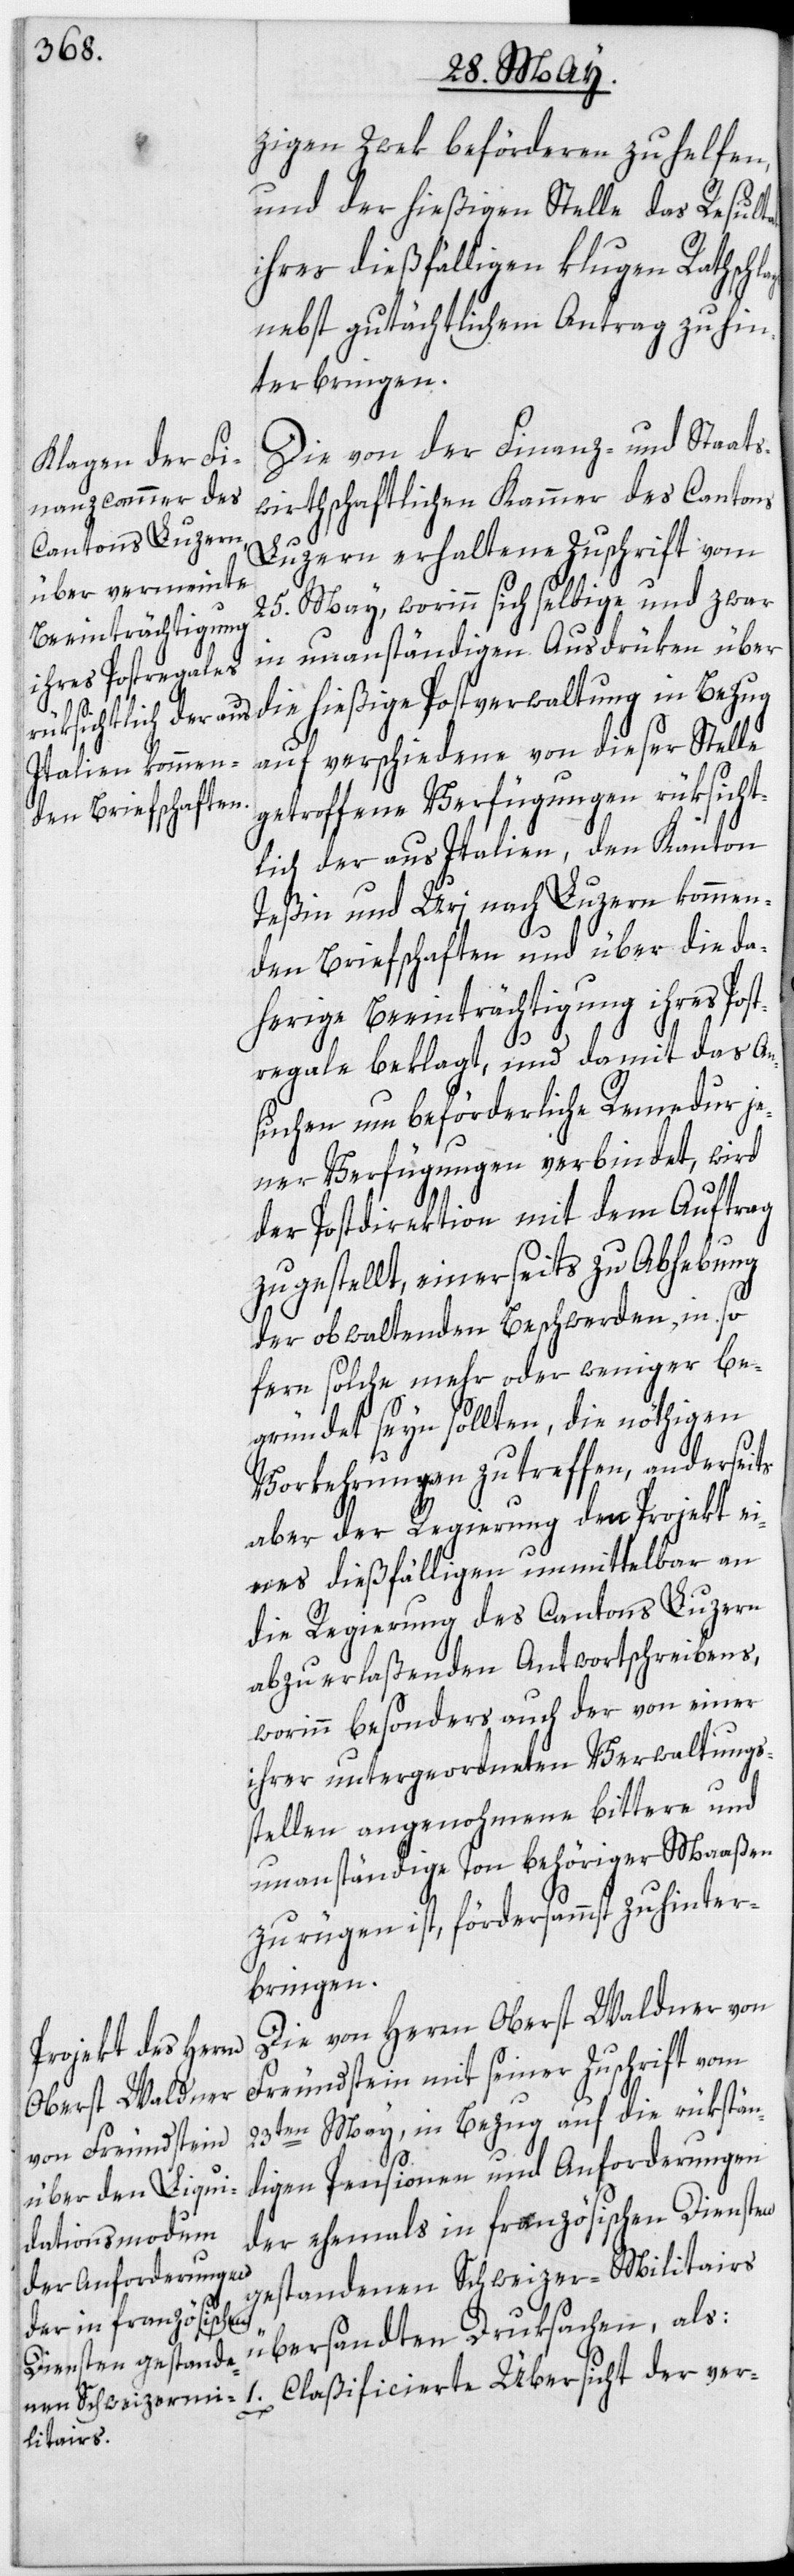
lags

zigen Zwek beförderen zu helfen,
und der hießigen Stelle das Resultat
ihres dießfälligen klugen Rathsch¬
nebst gutächtlichem Antrag zu hin¬
terbringen.
Die von der Finanz- und Staats¬
wirthschaftlichen Kammer des Cantons
Luzern erhaltene Zuschrift vom
25. May, worinn sich selbige und zwar
in unanständigen Ausdrüken über
die hießige Postverwaltung in Bezug
auf verschiedene von dieser Stelle
getroffene Verfügungen rüksicht¬
lich der aus Italien, den Kanton
Teßin und Uri nach Luzern kommen¬
den Briefschaften und über die da¬
herige Beeinträchtigung ihres Post¬
regale beklagt, und damit das An¬
suchen um beförderliche Remedur je¬
ner Verfügungen verbindet, wird
der Postdirektion mit dem Auftrag
zugestellt, einerseits zu Abhebung
der obwaltenden Beschwerden, in so
fern solche mehr oder weniger be¬
gründet seyn sollten, die nöthigen
Vorkehrungen zu treffen, anderseits
aber der Regierung den Projekt ei¬
nes dießfälligen unmittelbar an
die Regierung des Cantons Luzern
abzuerlaßenden Antwortschreibens,
worinn besonders auch der von einer
ihrer untergeordneten Verwaltungs¬
stellen angenohmene bittere und
unanständige Ton behöriger Maaßen
zu rügen ist, fördersammst zu hinter¬
bringen.
Die von Herrn Oberst Waldner von
Freundstein mit seiner Zuschrift vom
23ten May, in Bezug auf die rükstän¬
digen Pensionen und Anforderungen
der ehemals in französischen Diensten
gestandenen Schweizer-Militairs
übersandten Druksachen, als:
1. Claßificierte Übersicht der ver-